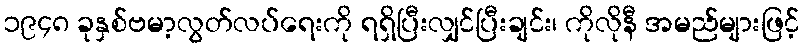
၁၉၄၈ ခုနှစ်ဗမာ့လွတ်လပ်ရေးကို ရရှိပြီးလျှင်ပြီးချင်း၊ ကိုလိုနီ အမည်များဖြင့်